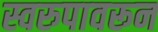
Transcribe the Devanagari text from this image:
स्वरुपावरून